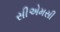
સીએમસી